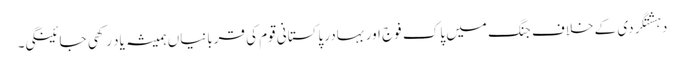
دہشتگردی کے خلاف جنگ میں پاک فوج اور بہادر پاکستانی قوم کی قربانیاں ہمیشہ یاد رکھی جائینگی۔